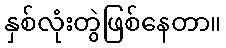
နှစ်လုံးတွဲဖြစ်နေတာ။